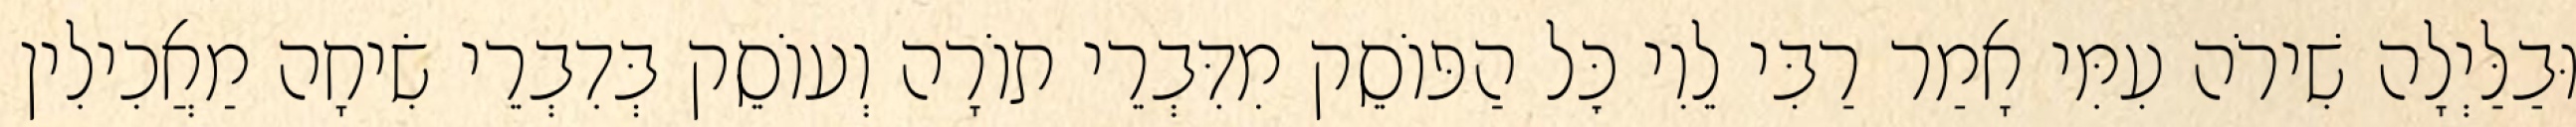
וּבַלַּיְלָה שִׁירֹה עִמִּי אָמַר רַבִּי לֵוִי כׇּל הַפּוֹסֵק מִדִּבְרֵי תוֹרָה וְעוֹסֵק בְּדִבְרֵי שִׂיחָה מַאֲכִילִין